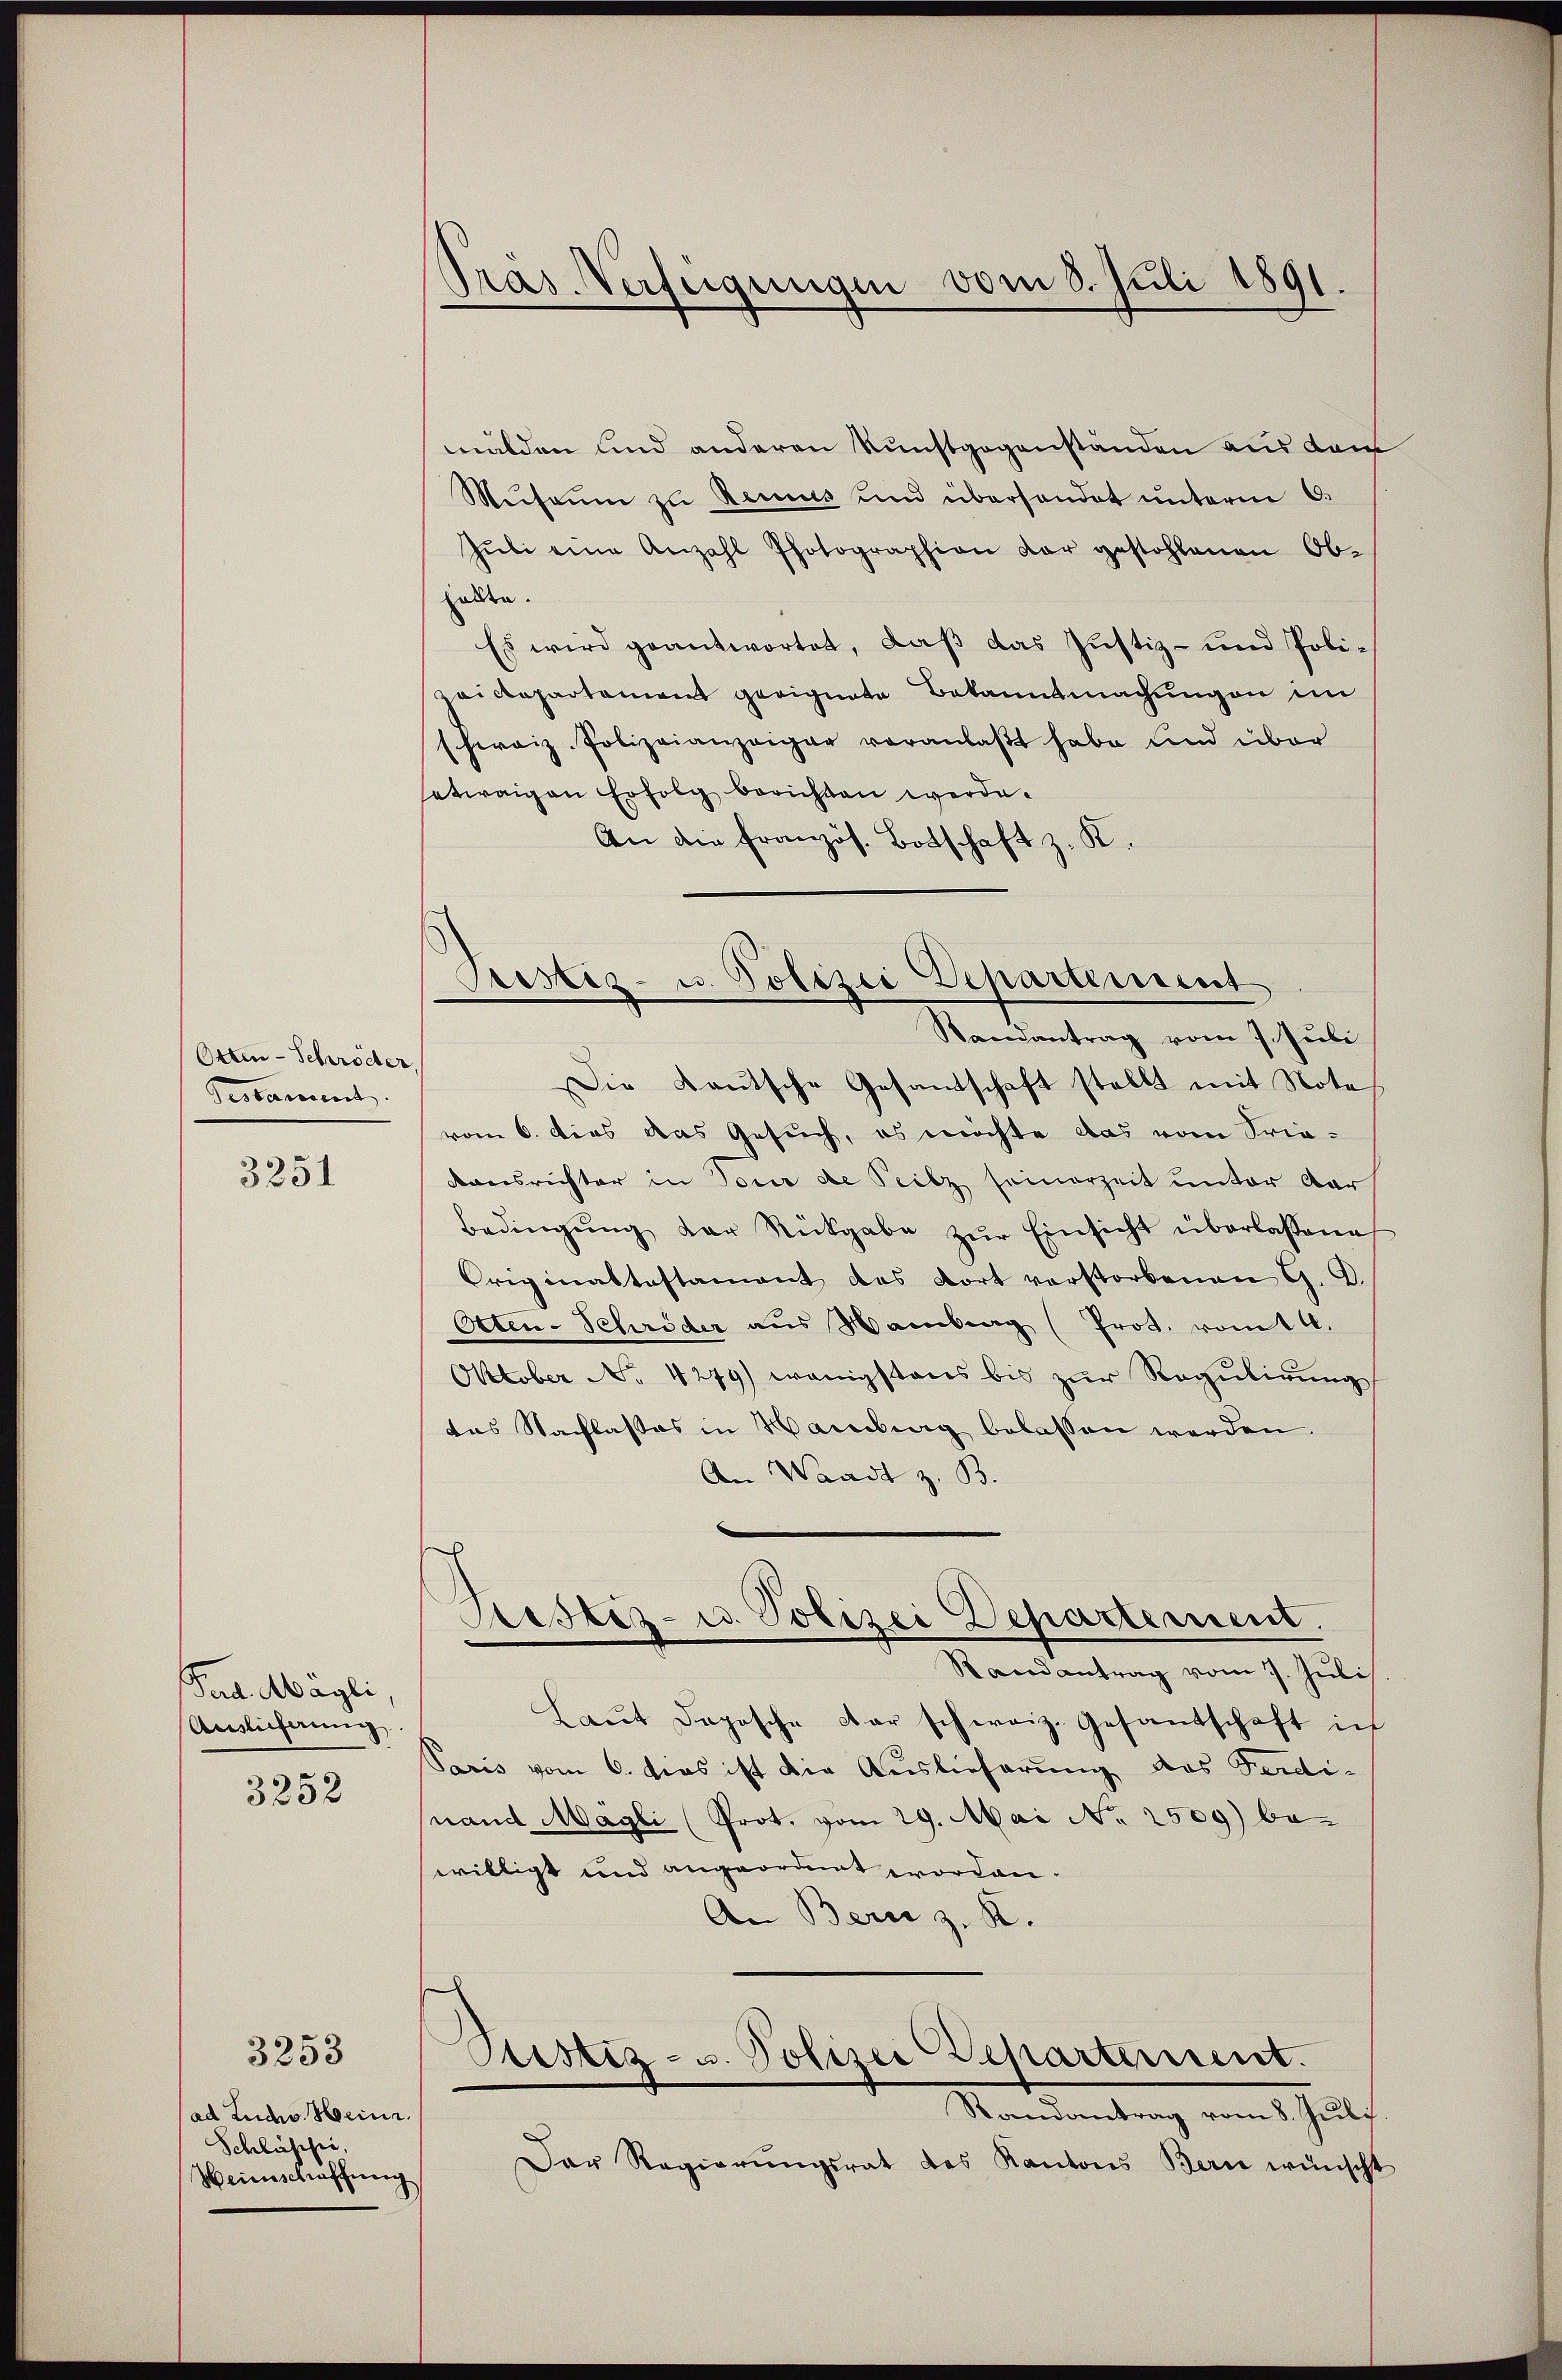
Otten-Schröder
Gestament

3251

Fud Mägli
Auslieferung

3252

ad Ludw. Heinr.
Schlässe,
Heimschaffung

3253

Pras. Verfügungen vom 8. Juli 1891

mälden und anderen Kunstgegenständen aus dem
Museum zu Recues und überhandet unterm 6.
Jŭli eine Anzahl Photographien dar gestohlenen Ob-
halte.
Es wird geantwortet, daß das Justiz- und Polivicopartament geeignete Bekanntmachungen im
hweiz. Polizeianzeiger veranlaβt habe und über
setwaigen Erfolg berichten werde.
An die französ. Botschaft z. K.
Randantrag vom 7. Juli
Die Kautsche Gesandschaft stellt mit Note
vom 6. dies das Gesuch, es möchte das vom Frieonsrichter in Tour de Teilz seinerzeit unter dar
Bedingŭng der Rückgabe zŭr Einsicht überlassene
Originaltestament des dort verstorbenen G. B.
Otten-Schröder aus Wamberg (Prot. vom 4.
Oktober No. 4279) wenigstens bis zŭr Regulirung
das Nachlasses in Hamburg belassen werden.
An Waadt z. B.
Bestiz- u. Polizei Departement.
Randantrag vom 7. Juli
Laŭt Dopische der schweiz. Gesandschaft in
Paris vom 6. dies ist die Auslieferung des Ferdi-
nand Magli (Prot. vom 29. Mai No 2509) be-
willigt und angeordnet worden.
An Bern z. R.
Stistiz- u. Polizei Departement.
Randantrag vom 8. Juli.
Der Regierŭngsrat des Kantons Bern wünscht

Preistiz- u. Polizei Departement